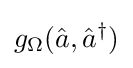
g_{\Omega }({\hat {a}},{\hat {a}}^{\dagger })